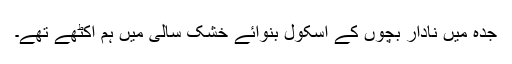
جدہ میں نادار بچوں کے اسکول بنوائے خشک سالی میں ہم اکٹھے تھے۔